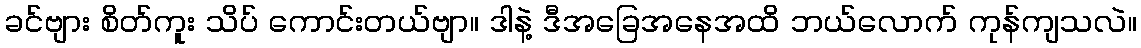
ခင်ဗျား စိတ်ကူး သိပ် ကောင်းတယ်ဗျာ။ ဒါနဲ့ ဒီအခြေအနေအထိ ဘယ်လောက် ကုန်ကျသလဲ။